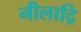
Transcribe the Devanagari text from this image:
नीलाद्रि